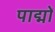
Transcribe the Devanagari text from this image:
पाद्मों